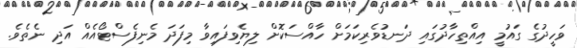
ވަހީދުގެ ގައުމީ އިއްްތިހާދުގައި ދަނޑުވެރިކަމަށް ހާއްސަކޮށް ލިޔެވިފައިވާ މިފަދަ މެނިފެސްޓޯއެއް އަދި ނެތެވެ.